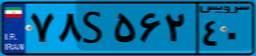
۷۸S۵۶۲۴۰